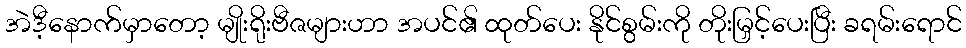
အဲဒီ့နောက်မှာတော့ မျိုးရိုးဗီဇများဟာ အပင်၏ ထုတ်ပေး နိုင်စွမ်းကို တိုးမြှင့်ပေးပြီး ခရမ်းရောင်